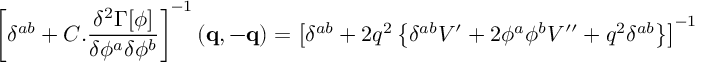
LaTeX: \left[ \delta ^ { a b } + C . \frac { \delta ^ { 2 } \Gamma [ \phi ] } { \delta \phi ^ { a } \delta \phi ^ { b } } \right] ^ { - 1 } ( \mathbf { q } , \mathbf { - q } ) = \left[ \delta ^ { a b } + 2 q ^ { 2 } \left\{ \delta ^ { a b } V ^ { \prime } + 2 \phi ^ { a } \phi ^ { b } V ^ { \prime \prime } + q ^ { 2 } \delta ^ { a b } \right\} \right] ^ { - 1 }